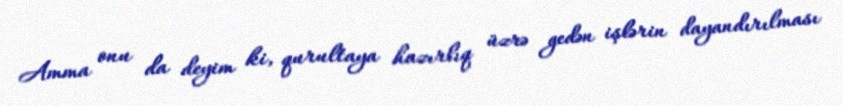
Amma onu da deyim ki, qurultaya hazırlıq üzrə gedən işlərin dayandırılması